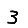
Digit: 3